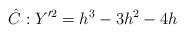
LaTeX: \begin{align*}\hat{C}: Y'^2 = h^3 - 3h^2 - 4h\end{align*}